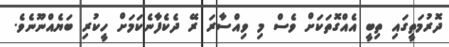
ދޮރުމަތީގައި ތިބީ އެއްގޮތަކަށް ވެސް މި ވިއްސާރަ ރޭ ދެކެފާނެކަމަށް ހީކުރި ބަޔެއްނޫނެވެ.